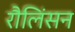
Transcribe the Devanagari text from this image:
रौलिंसन